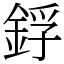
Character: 鋢